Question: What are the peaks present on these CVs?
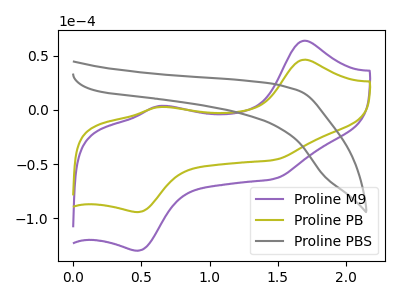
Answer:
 <answer>The purple curve "Proline M9" has anodic peaks at (1.70V, 63.75uA) (0.65V, 3.55uA) and cathodic peaks at (1.45V, -63.70uA) (0.45V, -130.00uA). The olive curve "Proline PB" has anodic peaks at (1.70V, 46.25uA) (0.65V, 2.55uA) and cathodic peaks at (1.45V, -46.20uA) (0.45V, -94.35uA). The gray curve "Proline PBS" has no peaks.</answer>
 <eval></eval>